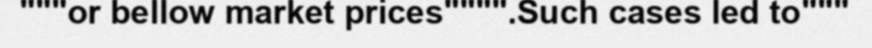
"""or bellow market prices"""".Such cases led to"""